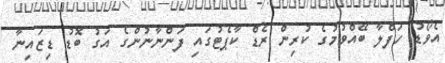
އެވޯޑު ހަފްލާ ބޭއްވުމުގެ ކުރިން ރެޑް ކާޕެޓުގައި ފަންނާނުންގެ އަގު ބޮޑު ޑިޒައިނާ